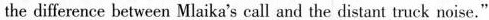
the difference between Mlaika's call and the distant truck noise."